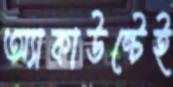
অ্যাকাউন্টেই